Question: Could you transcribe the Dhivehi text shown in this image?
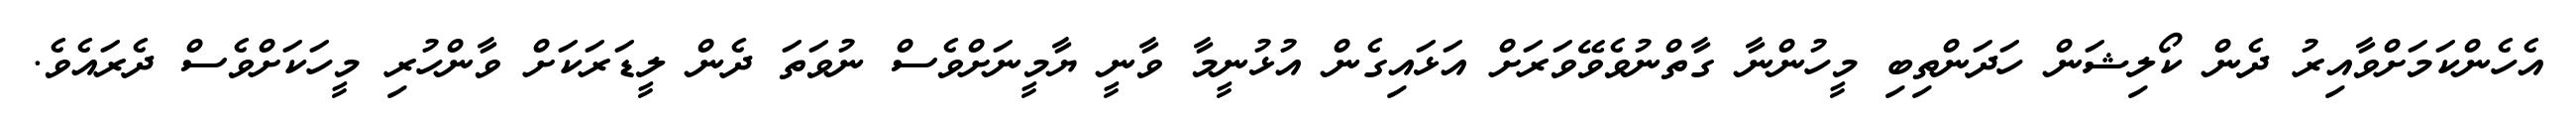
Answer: އެހެންކަމަށްވާއިރު ދެން ކޯލިޝަން ހަދަންތިބި މީހުންނާ ގާތްނުވެވޭވަރަށް އަޅައިގެން އުޅުނީމާ ވާނީ ޔާމީނަށްވެސް ނުވަތަ ދެން ލީޑަރަކަށް ވާންހުރި މީހަކަށްވެސް ދެރައެވެ.